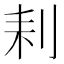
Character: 𠛨